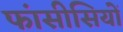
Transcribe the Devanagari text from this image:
फांसीसियों